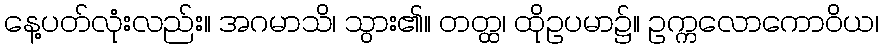
နေ့ပတ်လုံးလည်း။ အဂမာသိ၊ သွား၏။ တတ္ထ၊ ထိုဥပမာ၌။ ဥက္ကလောကောဝိယ၊